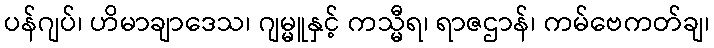
ပန်ဂျပ်၊ ဟိမာချာဒေသ၊ ဂျမ္မူနှင့် ကသ္မီရ၊ ရာဇဌာန်၊ ကမ်ဗေကတ်ချ၊